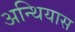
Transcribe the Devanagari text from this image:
अन्थियास